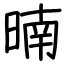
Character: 暔